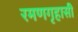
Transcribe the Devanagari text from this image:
रमणगृहासी